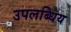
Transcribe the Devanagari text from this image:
उपलब्धिय